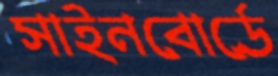
সাইনবোর্ডে